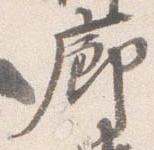
廊